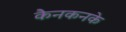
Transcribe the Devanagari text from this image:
कैनकनके